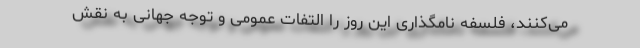
می‌کنند، فلسفه نامگذاری این روز را التفات عمومی و توجه جهانی به نقش